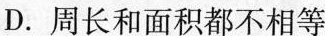
D.周长和面积都不相等